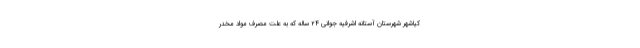
کیاشهر شهرستان آستانه اشرفیه جوانی ۲۴ ساله که به علت مصرف مواد مخدر